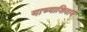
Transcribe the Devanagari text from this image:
याच्याशिवाय